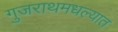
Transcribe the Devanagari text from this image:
गुजराथमधल्यात